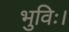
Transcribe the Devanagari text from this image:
भुविः।